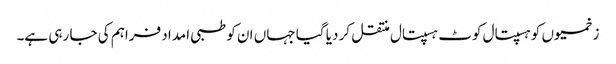
زخمیوں کو ہسپتال کوٹ ہسپتال منتقل کر دیا گیا جہاں ان کو طبی امداد فراہم کی جا رہی ہے۔